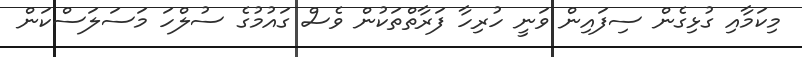
މިކަމާއި ގުޅިގެން ސިފައިން ވަނީ ހުރިހާ ފަރާތްތަކުން ވެސް ގައުމުގެ ސުލްހަ މަސަލަސްކަން